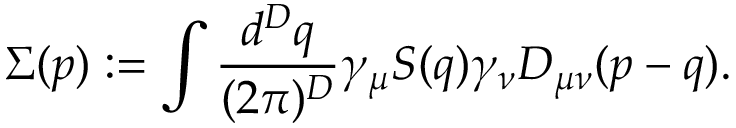
\Sigma ( p ) : = \int { \frac { d ^ { D } q } { ( 2 \pi ) ^ { D } } } \gamma _ { \mu } S ( q ) \gamma _ { \nu } D _ { \mu \nu } ( p - q ) .